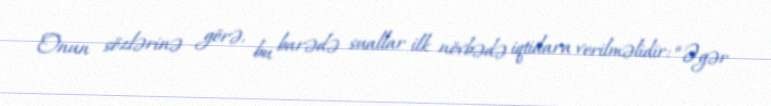
Onun sözlərinə görə, bu barədə suallar ilk növbədə iqtidara verilməlidir: “Əgər